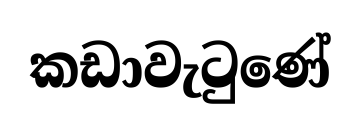
කඩාවැටුණේ